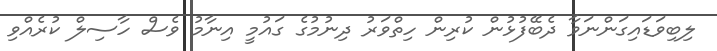
ލިބިވަޑައިގަންނަވާ ދެބޭފުޅުން ކުރިން ހިތްވަރު ދިނުމުގެ ގައުމީ އިނާމު ވެސް ހާސިލް ކުރެއްވި